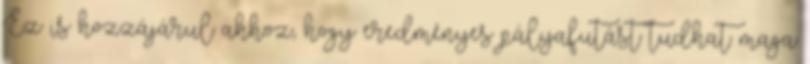
Ez is hozzájárul ahhoz, hogy eredményes pályafutást tudhat maga